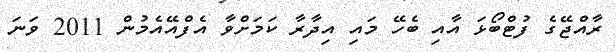
ރާއްޖޭގެ ފުޓްބޯޅަ އާއި ބެހޭ މައި އިދާރާ ކަމަށްވާ އެފްއޭއެމުން 2011 ވަނަ